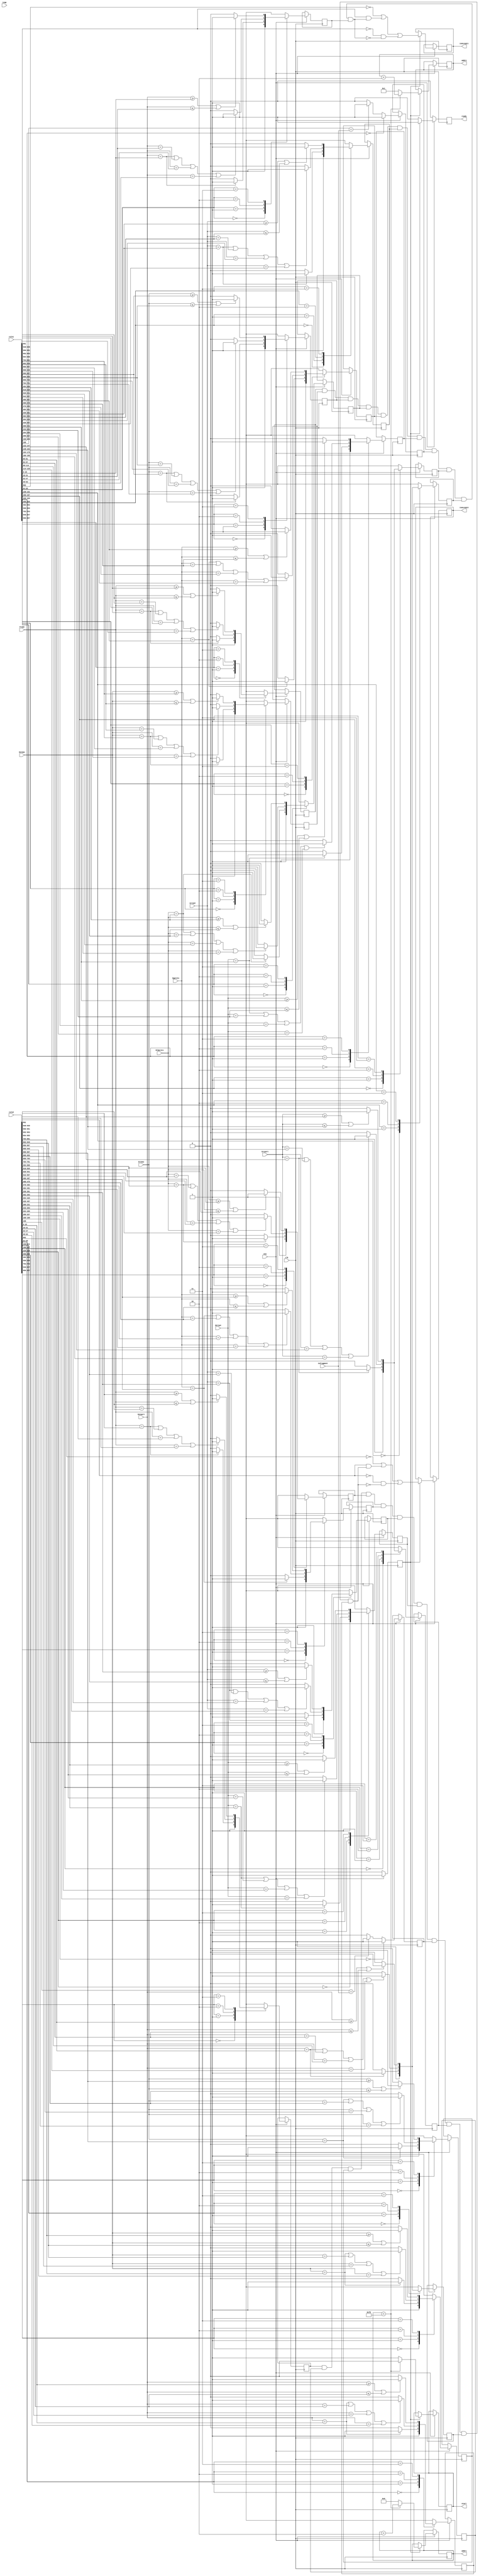
module DL
(
input clk,
input ena,
//from rules
input [970:0] rule1,
input [970:0] rule2,
//fields packet from PPar
input [1:0] Frame,
input [47:0] Dstmac, 
input [47:0] Srcmac,
input [15:0] Ethproto,
input [7:0] Ipproto,
input [31:0] srcip4, 
input [31:0] dstip4,
input isFragment,
input [15:0] Srcport, 
input [15:0] Dstport, 
input [15:0] icmp,
output reg [7:0] addr1,
output reg [7:0] addr2,
output reg isAccept1,
output reg isAccept2,
output reg ready,
//output reg nextAdressExist,
output reg start
//output reg [7:0] number1
);

//1st rule
reg Frame1_accept;
reg Dstmac1_accept;
reg Srcmac1_accept;
reg Ethproto1_accept;
reg Ipproto1_accept;
reg srcip41_accept;
reg dstip41_accept;
reg isFragment1_accept;
reg Srcport1_accept;
reg Dstport1_accept;
reg icmp1_accept;
//2nd rule
reg Frame2_accept;
reg Dstmac2_accept;
reg Srcmac2_accept;
reg Ethproto2_accept;
reg Ipproto2_accept;
reg srcip42_accept;
reg dstip42_accept;
reg isFragment2_accept;
reg Srcport2_accept;
reg Dstport2_accept;
reg icmp2_accept;

reg ready_accept; //to sync logic

//attributes packet
//wire [7:0] number1 = rule1[970:963];
wire activity1 = rule1[962];
wire action1 = rule1[961];
wire [1:0] direction1 = rule1[960:959];
wire registation1 = rule1[958];
wire [1:0] Frame1_code = rule1[957:956];
wire [1:0] Dstmac1_code = rule1[947:946];
wire [1:0] Srcmac1_code = rule1[753:752];
wire [1:0] Ethproto1_code = rule1[559:558];
wire [1:0] Ipproto1_code = rule1[493:492];
wire [1:0] srcip41_code = rule1[459:458];
wire [1:0] dstip41_code = rule1[329:328];
wire [1:0] isFragment1_rule = rule1[199:198]; // "10" bit-any, 198: "1" -fragment, "0" - dont fragment, "11" - impossible
wire [1:0] Srcport1_code = rule1[197:196];
wire [1:0] Dstport1_code = rule1[131:130];
wire [1:0] icmp1_code = rule1[65:64];

//2nd rule
//wire [7:0] number2 = rule1[970:963];
wire activity2 = rule2[962];
wire action2 = rule2[961];
wire [1:0] direction2 = rule2[960:959];
wire registation2 = rule2[958];
wire [1:0] Frame2_code = rule2[957:956];
wire [1:0] Dstmac2_code = rule2[947:946];
wire [1:0] Srcmac2_code = rule2[753:752];
wire [1:0] Ethproto2_code = rule2[559:558];
wire [1:0] Ipproto2_code = rule2[493:492];
wire [1:0] srcip42_code = rule2[459:458];
wire [1:0] dstip42_code = rule2[329:328];
wire [1:0] isFragment2_rule = rule2[199:198]; //199 bit-any, 198: "1" -fragment, "0" - dont fragment, "11" - impossible
wire [1:0] Srcport2_code = rule2[197:196];
wire [1:0] Dstport2_code = rule2[131:130];
wire [1:0] icmp2_code = rule2[65:64];

initial begin
addr1 = 8'h0;
addr2 = 8'h1;
ready = 1'b0;
end

always@(posedge clk)
begin
if (ena) begin 
	ready_accept <= 1'b1;
	case (Frame1_code)
	2'b00: Frame1_accept <= 1'b1;
	2'b01: Frame1_accept <= (Frame==rule1[949:948]) ? 1'b1 :1'b0;
	2'b10: Frame1_accept <= ((Frame==rule1[949:948])|(Frame==rule1[951:950])|(Frame==rule1[953:952])|(Frame==rule1[955:954])) ? 1'b1 :1'b0;
	2'b11: Frame1_accept <= ((Frame>=rule1[949:948])|(Frame<=rule1[951:950])) ? 1'b1 :1'b0;
	endcase
	
	case (Dstmac1_code)
	2'b00: Dstmac1_accept <= 1'b1;
	2'b01: Dstmac1_accept <= (Dstmac==rule1[801:754]) ? 1'b1 :1'b0;
	2'b10: Dstmac1_accept <= ((Dstmac==rule1[801:754])|(Dstmac==rule1[849:802])|(Dstmac==rule1[897:850])|(Dstmac==rule1[945:898])) ? 1'b1 :1'b0;
	2'b11: Dstmac1_accept <= ((Dstmac>=rule1[801:754])|(Dstmac<=rule1[849:802])) ? 1'b1 :1'b0;
	endcase
	
	case (Srcmac1_code)
	2'b00: Srcmac1_accept <= 1'b1;
	2'b01: Srcmac1_accept <= (Srcmac==rule1[607:560]) ? 1'b1 :1'b0;
	2'b10: Srcmac1_accept <= ((Srcmac==rule1[607:560])|(Srcmac==rule1[655:608])|(Srcmac==rule1[703:656])|(Srcmac==rule1[751:704])) ? 1'b1 :1'b0;
	2'b11: Srcmac1_accept <= ((Srcmac>=rule1[607:560])|(Srcmac<=rule1[655:608])) ? 1'b1 :1'b0;
	endcase
	
	case (Ethproto1_code)
	2'b00: Ethproto1_accept <= 1'b1;
	2'b01: Ethproto1_accept <= (Ethproto==rule1[509:494]) ? 1'b1 :1'b0;
	2'b10: Ethproto1_accept <= ((Ethproto==rule1[509:494])|(Ethproto==rule1[525:510])|(Ethproto==rule1[541:526])|(Ethproto==rule1[557:542])) ? 1'b1 :1'b0;
	2'b11: Ethproto1_accept <= ((Ethproto>=rule1[509:494])|(Ethproto<=rule1[525:510])) ? 1'b1 :1'b0;
	endcase
	
	case (Ipproto1_code)
	2'b00: Ipproto1_accept <= 1'b1;
	2'b01: Ipproto1_accept <= (Ipproto==rule1[467:460]) ? 1'b1 :1'b0;
	2'b10: Ipproto1_accept <= ((Ipproto==rule1[467:460])|(Ipproto==rule1[475:468])|(Ipproto==rule1[483:476])|(Ipproto==rule1[491:484])) ? 1'b1 :1'b0;
	2'b11: Ipproto1_accept <= ((Ipproto>=rule1[467:460])|(Ipproto<=rule1[475:468])) ? 1'b1 :1'b0;
	endcase
	
	case (srcip41_code)
	2'b00: srcip41_accept <= 1'b1;
	2'b01: srcip41_accept <= (srcip4==rule1[361:330]) ? 1'b1 :1'b0;
	2'b10: srcip41_accept <= ((srcip4==rule1[361:330])|(srcip4==rule1[393:362])|(srcip4==rule1[425:394])|(srcip4==rule1[457:426])) ? 1'b1 :1'b0;
	2'b11: srcip41_accept <= ((srcip4>=rule1[361:330])|(srcip4<=rule1[393:362])) ? 1'b1 :1'b0;
	endcase
	
	case (dstip41_code)
	2'b00: dstip41_accept <= 1'b1;
	2'b01: dstip41_accept <= (dstip4==rule1[231:200]) ? 1'b1 :1'b0;
	2'b10: dstip41_accept <= ((dstip4==rule1[231:200])|(dstip4==rule1[263:232])|(dstip4==rule1[295:264])|(dstip4==rule1[327:296])) ? 1'b1 :1'b0;
	2'b11: dstip41_accept <= ((dstip4>=rule1[231:200])|(dstip4<=rule1[263:232])) ? 1'b1 :1'b0;
	endcase
	
	if (isFragment1_rule == 2'b00) begin //"11" - impossible
		isFragment1_accept <= 1'b1; 
		end
	else isFragment1_accept <= (rule1[198] == isFragment) ? 1'b1 : 1'b0; //[198] - 2 bit isFragment1_rule
	
	case (Srcport1_code)
	2'b00: Srcport1_accept <= 1'b1;
	2'b01: Srcport1_accept <= (Srcport==rule1[147:132]) ? 1'b1 :1'b0;
	2'b10: Srcport1_accept <= ((Srcport==rule1[147:132])|(Srcport==rule1[163:148])|(Srcport==rule1[179:164])|(Srcport==rule1[195:180])) ? 1'b1 :1'b0;
	2'b11: Srcport1_accept <= ((Srcport>=rule1[147:132])|(Srcport<=rule1[163:148])) ? 1'b1 :1'b0;
	endcase
	
	case (Dstport1_code)
	2'b00: Dstport1_accept <= 1'b1;
	2'b01: Dstport1_accept <= (Dstport==rule1[81:66]) ? 1'b1 :1'b0;
	2'b10: Dstport1_accept <= ((Dstport==rule1[81:66])|(Dstport==rule1[97:82])|(Dstport==rule1[113:98])|(Dstport==rule1[129:114])) ? 1'b1 :1'b0;
	2'b11: Dstport1_accept <= ((Dstport>=rule1[81:66])|(Dstport<=rule1[97:82])) ? 1'b1 :1'b0;
	endcase
	
	case (icmp1_code)
	2'b00: icmp1_accept <= 1'b1;
	2'b01: icmp1_accept <= (Dstport==rule1[15:0]) ? 1'b1 :1'b0;
	2'b10: icmp1_accept <= ((Dstport==rule1[15:0])|(Dstport==rule1[31:16])|(Dstport==rule1[47:32])|(Dstport==rule1[63:48])) ? 1'b1 :1'b0;
	2'b11: icmp1_accept <= ((Dstport>=rule1[15:0])|(Dstport<=rule1[31:16])) ? 1'b1 :1'b0;
	endcase
	//end 1st rule
	
	//2nd rule
	case (Frame2_code)
	2'b00: Frame2_accept <= 1'b1;
	2'b01: Frame2_accept <= (Frame==rule2[949:948]) ? 1'b1 :1'b0;
	2'b10: Frame2_accept <= ((Frame==rule2[949:948])|(Frame==rule2[951:950])|(Frame==rule2[953:952])|(Frame==rule2[955:954])) ? 1'b1 :1'b0;
	2'b11: Frame2_accept <= ((Frame>=rule2[949:948])|(Frame<=rule2[951:950])) ? 1'b1 :1'b0;
	endcase
	
	case (Dstmac2_code)
	2'b00: Dstmac2_accept <= 1'b1;
	2'b01: Dstmac2_accept <= (Dstmac==rule2[801:754]) ? 1'b1 :1'b0;
	2'b10: Dstmac2_accept <= ((Dstmac==rule2[801:754])|(Dstmac==rule2[849:802])|(Dstmac==rule2[897:850])|(Dstmac==rule2[945:898])) ? 1'b1 :1'b0;
	2'b11: Dstmac2_accept <= ((Dstmac>=rule2[801:754])|(Dstmac<=rule2[849:802])) ? 1'b1 :1'b0;
	endcase
	
	case (Srcmac2_code)
	2'b00: Srcmac2_accept <= 1'b1;
	2'b01: Srcmac2_accept <= (Srcmac==rule2[607:560]) ? 1'b1 :1'b0;
	2'b10: Srcmac2_accept <= ((Srcmac==rule2[607:560])|(Srcmac==rule2[655:608])|(Srcmac==rule2[703:656])|(Srcmac==rule2[751:704])) ? 1'b1 :1'b0;
	2'b11: Srcmac2_accept <= ((Srcmac>=rule2[607:560])|(Srcmac<=rule2[655:608])) ? 1'b1 :1'b0;
	endcase
	
	case (Ethproto2_code)
	2'b00: Ethproto2_accept <= 1'b1;
	2'b01: Ethproto2_accept <= (Ethproto==rule2[509:494]) ? 1'b1 :1'b0;
	2'b10: Ethproto2_accept <= ((Ethproto==rule2[509:494])|(Ethproto==rule2[525:510])|(Ethproto==rule2[541:526])|(Ethproto==rule2[557:542])) ? 1'b1 :1'b0;
	2'b11: Ethproto2_accept <= ((Ethproto>=rule2[509:494])|(Ethproto<=rule2[525:510])) ? 1'b1 :1'b0;
	endcase
	
	case (Ipproto2_code)
	2'b00: Ipproto2_accept <= 1'b1;
	2'b01: Ipproto2_accept <= (Ipproto==rule2[467:460]) ? 1'b1 :1'b0;
	2'b10: Ipproto2_accept <= ((Ipproto==rule2[467:460])|(Ipproto==rule2[475:468])|(Ipproto==rule2[483:476])|(Ipproto==rule2[491:484])) ? 1'b1 :1'b0;
	2'b11: Ipproto2_accept <= ((Ipproto>=rule2[467:460])|(Ipproto<=rule2[475:468])) ? 1'b1 :1'b0;
	endcase
	
	case (srcip42_code)
	2'b00: srcip42_accept <= 1'b1;
	2'b01: srcip42_accept <= (srcip4==rule2[361:330]) ? 1'b1 :1'b0;
	2'b10: srcip42_accept <= ((srcip4==rule2[361:330])|(srcip4==rule2[393:362])|(srcip4==rule2[425:394])|(srcip4==rule2[457:426])) ? 1'b1 :1'b0;
	2'b11: srcip42_accept <= ((srcip4>=rule2[361:330])|(srcip4<=rule2[393:362])) ? 1'b1 :1'b0;
	endcase
	
	case (dstip42_code)
	2'b00: dstip42_accept <= 1'b1;
	2'b01: dstip42_accept <= (dstip4==rule2[231:200]) ? 1'b1 :1'b0;
	2'b10: dstip42_accept <= ((dstip4==rule2[231:200])|(dstip4==rule2[263:232])|(dstip4==rule2[295:264])|(dstip4==rule2[327:296])) ? 1'b1 :1'b0;
	2'b11: dstip42_accept <= ((dstip4>=rule2[231:200])|(dstip4<=rule2[263:232])) ? 1'b1 :1'b0;
	endcase
	
	if (isFragment2_rule == 2'b00) begin //"11" - impossible
		isFragment2_accept <= 1'b1; 
		end
	else isFragment2_accept <= (rule2[198] == isFragment) ? 1'b1 : 1'b0; //[198] - 2 bit isFragment1_rule
	
	case (Srcport2_code)
	2'b00: Srcport2_accept <= 1'b1;
	2'b01: Srcport2_accept <= (Srcport==rule1[147:132]) ? 1'b1 :1'b0;
	2'b10: Srcport2_accept <= ((Srcport==rule1[147:132])|(Srcport==rule1[163:148])|(Srcport==rule1[179:164])|(Srcport==rule1[195:180])) ? 1'b1 :1'b0;
	2'b11: Srcport2_accept <= ((Srcport>=rule1[147:132])|(Srcport<=rule1[163:148])) ? 1'b1 :1'b0;
	endcase
	
	case (Dstport2_code)
	2'b00: Dstport2_accept <= 1'b1;
	2'b01: Dstport2_accept <= (Dstport==rule1[81:66]) ? 1'b1 :1'b0;
	2'b10: Dstport2_accept <= ((Dstport==rule1[81:66])|(Dstport==rule1[97:82])|(Dstport==rule1[113:98])|(Dstport==rule1[129:114])) ? 1'b1 :1'b0;
	2'b11: Dstport2_accept <= ((Dstport>=rule1[81:66])|(Dstport<=rule1[97:82])) ? 1'b1 :1'b0;
	endcase
	
	case (icmp2_code)
	2'b00: icmp2_accept <= 1'b1;
	2'b01: icmp2_accept <= (Dstport==rule2[15:0]) ? 1'b1 :1'b0;
	2'b10: icmp2_accept <= ((Dstport==rule2[15:0])|(Dstport==rule2[31:16])|(Dstport==rule2[47:32])|(Dstport==rule2[63:48])) ? 1'b1 :1'b0;
	2'b11: icmp2_accept <= ((Dstport>=rule2[15:0])|(Dstport<=rule2[31:16])) ? 1'b1 :1'b0;
	endcase
	//end 2nd rule
end
else ready_accept <= 1'b0;
end

always@(posedge clk)
begin
if (ena)
	if (ready_accept) begin
	//inputs TODO
	//if action=1 - if accept - acceptAll
	//if action=0 - if accept - dont acceptAll
		isAccept1 <= !activity1 | ((action1==1'b1) & (Frame1_accept & Dstmac1_accept & Srcmac1_accept & Ethproto1_accept & 
		Ipproto1_accept & srcip41_accept & dstip41_accept & isFragment1_accept & Srcport1_accept & Dstport1_accept & icmp1_accept)) | 
	   ((action1==1'b0) & !(Frame1_accept & Dstmac1_accept & Srcmac1_accept & Ethproto1_accept & 
		Ipproto1_accept & srcip41_accept & dstip41_accept & isFragment1_accept & Srcport1_accept & Dstport1_accept & icmp1_accept));
		
		isAccept2 <= !activity2 | ((action2==1'b1) & (Frame2_accept & Dstmac2_accept & Srcmac2_accept & Ethproto2_accept & 
		Ipproto2_accept & srcip42_accept & dstip42_accept & isFragment2_accept & Srcport2_accept & Dstport2_accept & icmp2_accept))| 
	   ((action2==1'b0) & !(Frame2_accept & Dstmac2_accept & Srcmac2_accept & Ethproto2_accept & 
		Ipproto2_accept & srcip42_accept & dstip42_accept & isFragment2_accept & Srcport2_accept & Dstport2_accept & icmp2_accept));
		
		//number1 <= rule1[970:963];
		ready <= 1'b1;
		if (addr1 < 253) begin 
			addr1 <= addr1 + 2'b10;
			addr2 <= addr2 + 2'b10;
			//nextAdressExist <= 1'b1;
			start <= 1'b0;
			end
		else begin
		//nextAdressExist <= 1'b0;
		start <= 1'b1;
		addr1 <= 8'b0;
		addr2 <= 8'b1;
		end
	end
	else ready <= 1'b0;
else ready <= 1'b0;
end
endmodule